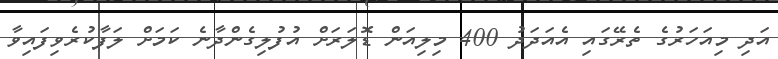
އަދި މިއަހަރުގެ ތެރޭގައި އެއަދަދު 400 މިލިއަން ޑޮލަރަށް އުފުލިގެންދާނެ ކަމަށް ލަފާކުރެވިފައިވާ